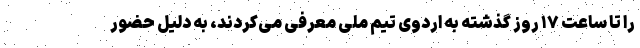
را تا ساعت ۱۷ روز گذشته به اردوی تیم ملی معرفی می‌کردند، به دلیل حضور